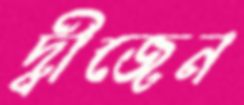
দ্বীজেন